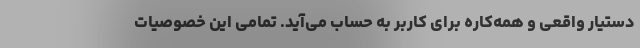
دستیار واقعی و همه‌کاره برای کاربر به حساب می‌آید. تمامی این خصوصیات